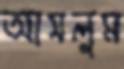
আসলুম